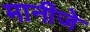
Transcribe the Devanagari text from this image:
मानीजे